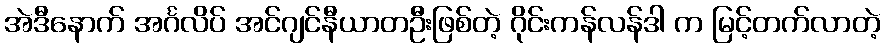
အဲဒီနောက် အင်္ဂလိပ် အင်ဂျင်နီယာတဦးဖြစ်တဲ့ ဂိုင်းကန်လန်ဒါ က မြင့်တက်လာတဲ့